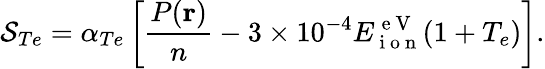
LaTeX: \mathcal{S}_{Te}=\alpha_{Te}\left[\frac{P(\mathbf{r})}{n}-3\times 10^{-4}E_{\mathrm{~i~o~n~}}^{\mathrm{~e~V~}}(1+T_{e})\right].